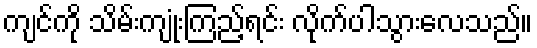
ကျင်ကို သိမ်းကျုံးကြည့်ရင်း လိုက်ပါသွားလေသည်။